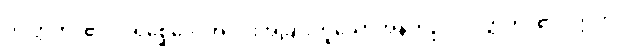
ပဝတ္တတိ၊ ၏။ ပရိစ္ဆေဒေ၊ အပိုင်းအခြားဟူသောအနက်၌။ ပဝတ္တတိ၊ ၏။ ဣတိပိ၊